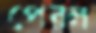
পেরল